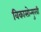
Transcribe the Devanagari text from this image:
विकासोन्मुखी